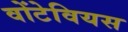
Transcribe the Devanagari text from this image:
वोंटेवियस